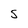
Character: 5